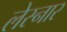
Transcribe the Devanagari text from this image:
लेस्नार